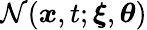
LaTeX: \mathcal{N}(\boldsymbol{x},t;\boldsymbol{\xi},\boldsymbol{\theta})